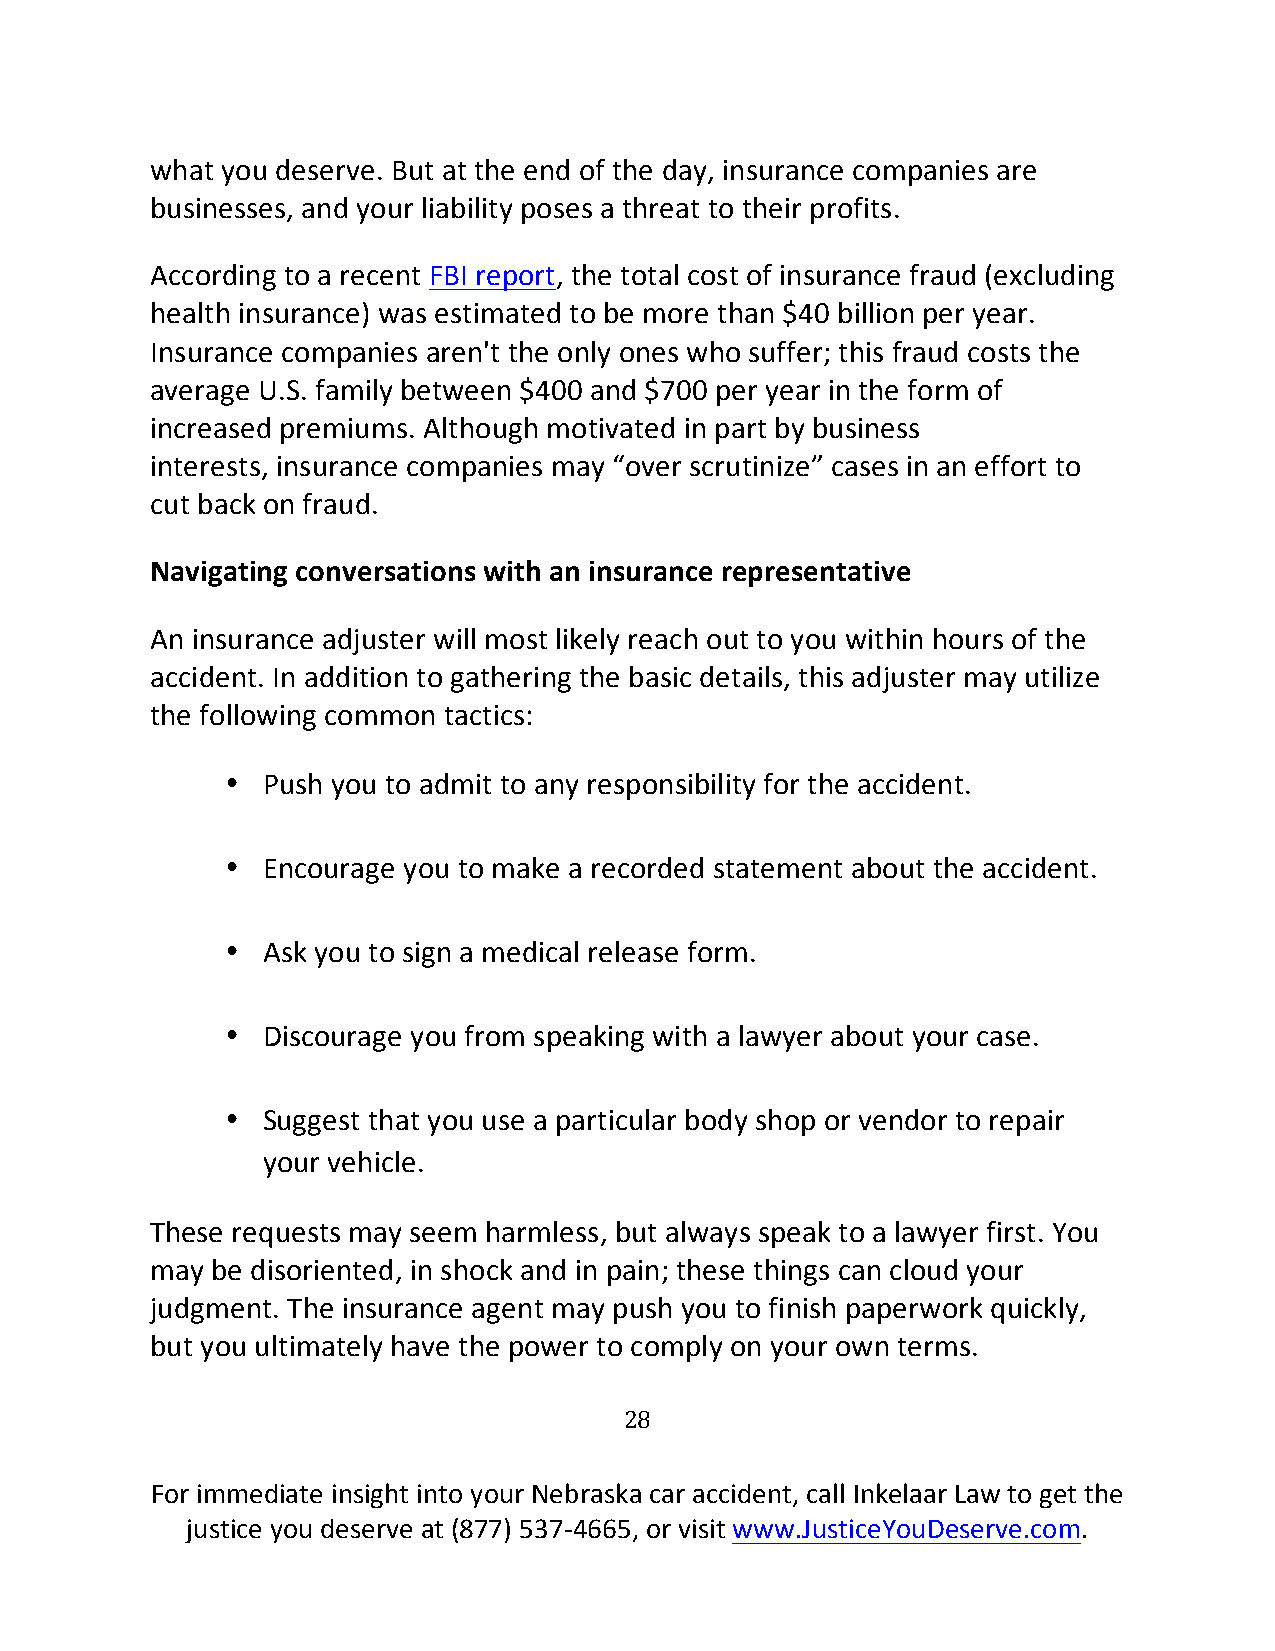
what you deserve. But at the end of the day, insurance companies are
 businesses, and your liability poses a threat to their profits.
 According to a recent FBI report, the total cost of insurance fraud (excluding
 health insurance) was estimated to be more than $40 billion per year.
 Insurance companies aren't the only ones who suffer; this fraud costs the
 average U.S. family between $400 and $700 per year in the form of
 increased premiums. Although motivated in part by business
 interests, insurance companies may “over scrutinize” cases in an effort to
 cut back on fraud.
 Navigating conversations with an insurance representative
 An insurance adjuster will most likely reach out to you within hours of the
 accident. In addition to gathering the basic details, this adjuster may utilize
 the following common tactics:
 • Push you to admit to any responsibility for the accident.
 • Encourage you to make a recorded statement about the accident.
 • Ask you to sign a medical release form.
 • Discourage you from speaking with a lawyer about your case.
 • Suggest that you use a particular body shop or vendor to repair
 your vehicle.
 These requests may seem harmless, but always speak to a lawyer first. You
 may be disoriented, in shock and in pain; these things can cloud your
 judgment. The insurance agent may push you to finish paperwork quickly,
 but you ultimately have the power to comply on your own terms.
 28
 For immediate insight into your Nebraska car accident, call Inkelaar Law to get the
 justice you deserve at (877) 537-4665, or visit www.JusticeYouDeserve.com.